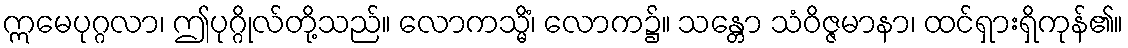
ဣမေပုဂ္ဂလာ၊ ဤပုဂ္ဂိုလ်တို့သည်။ လောကသ္မိံ၊ လောက၌။ သန္တော သံဝိဇ္ဇမာနာ၊ ထင်ရှားရှိကုန်၏။